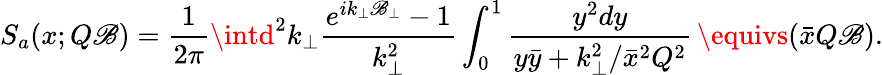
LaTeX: S_{a}(x;Q\mathscr{B})=\frac{{1}}{{2\pi}}\intd^{2}k_{\perp}{\frac{{e^{ik_{\perp}\mathscr{B}_{\perp}}-1}}{{k_{\perp}^{2}}}}\int_{0}^{1}{\frac{{y^{2}dy}}{{y\bar{{y}}+k_{\perp}^{2}/{\bar{{x}}}^{2}Q^{2}}}}\, \equivs(\bar{{x}}Q\mathscr{B}).